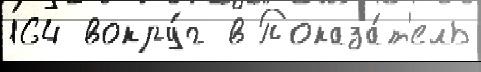
164 вокру́г в Показа́т'ель